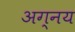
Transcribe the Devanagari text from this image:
अग्नय